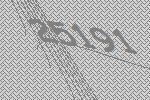
25191